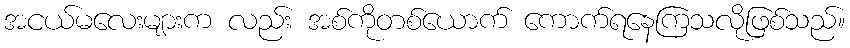
အငယ်မလေးများက လည်း အစ်ကိုတစ်ယောက် ကောက်ရနေကြသလိုဖြစ်သည်။